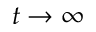
t \rightarrow \infty